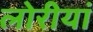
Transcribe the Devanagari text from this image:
लोरीयां